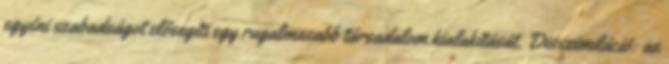
egyéni szabadságot elősegíti egy rugalmasabb társadalom kialakítását. Disszimiláció: az